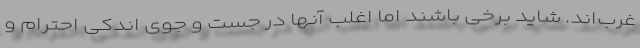
غرب‌اند. شاید برخی باشند اما اغلب آنها در جست و جوی اندکی احترام و